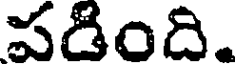
పడింది.